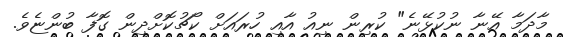
މާދަމާ އޭނާ ނުކުޅޭނެ" ކުރިން ނިއު އާއި ހުރައަށް ކޯޗުކޮށްދިން ގޮފާ ބުންޏެވެ.